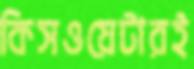
কিসওয়েটারই